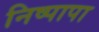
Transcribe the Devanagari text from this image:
निष्पापा